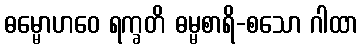
ဓမ္မောဟဝေ ရက္ခတိ ဓမ္မစာရိ-စသော ဂါထာ